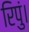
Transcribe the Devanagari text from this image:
रिपुं।